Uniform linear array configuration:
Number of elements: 48
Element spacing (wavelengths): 0.5
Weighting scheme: kaiser
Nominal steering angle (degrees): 0
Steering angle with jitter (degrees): -1.205
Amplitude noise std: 0.05
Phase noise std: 0.05

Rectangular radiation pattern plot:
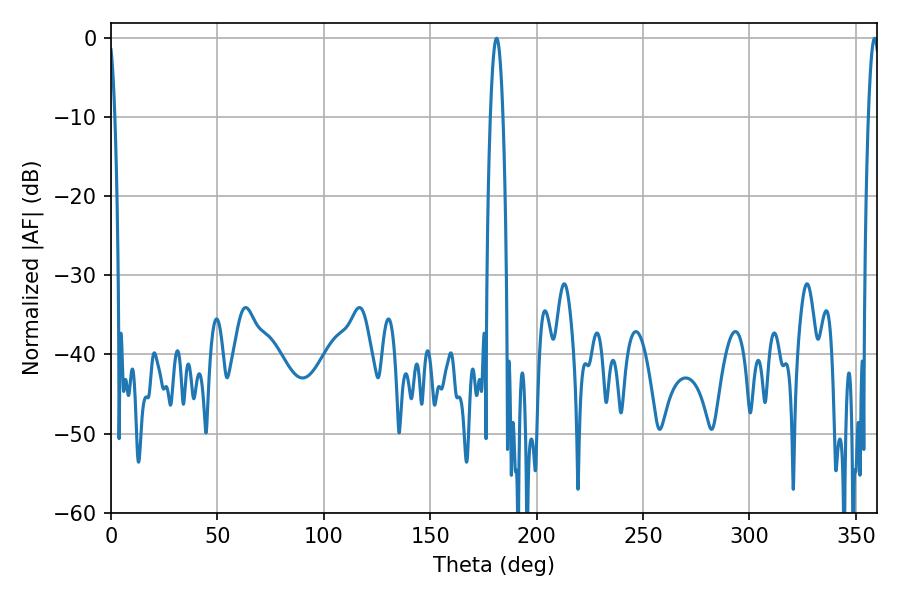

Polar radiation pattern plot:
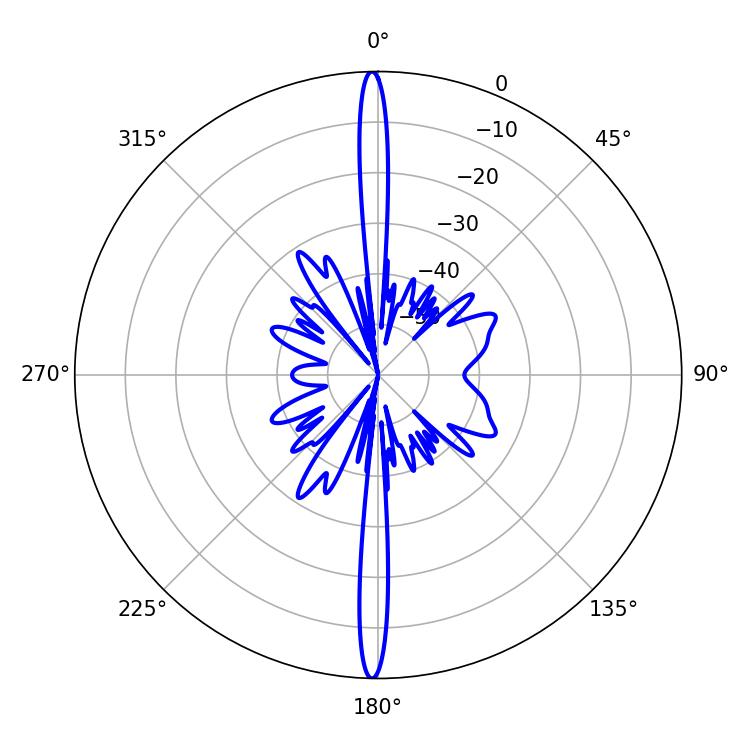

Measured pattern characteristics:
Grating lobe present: FALSE
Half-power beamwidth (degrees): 2.88
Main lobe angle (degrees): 358.74